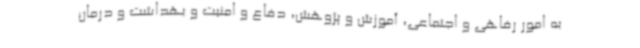
به امور رفاهی و اجتماعی، آموزش و پژوهش، دفاع و امنیت و بهداشت و درمان